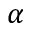
\alpha